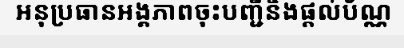
អនុប្រធានអង្គភាពចុះបញ្ជីនិងផ្តល់ប័ណ្ណ